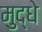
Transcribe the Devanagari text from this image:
मुद्धे